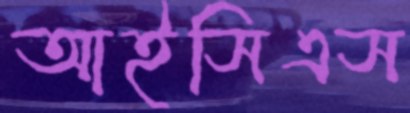
আইসিএস